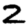
Digit: 2